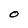
Character: O